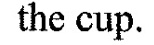
the cup.